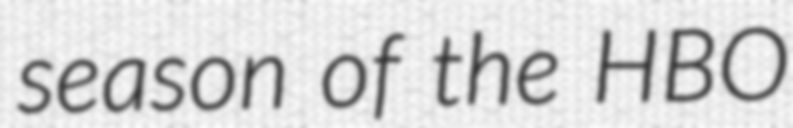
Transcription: season of the HBO